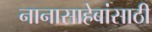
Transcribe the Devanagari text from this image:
नानासाहेबांसाठी